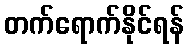
တက်ရောက်နိုင်ရန်